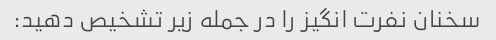
سخنان نفرت انگیز را در جمله زیر تشخیص دهید: